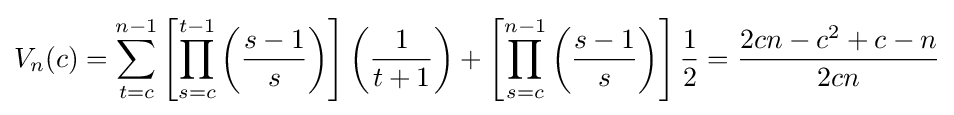
V_{n}(c)=\sum _{t=c}^{n-1}\left[\prod _{s=c}^{t-1}\left({\frac {s-1}{s}}\right)\right]\left({\frac {1}{t+1}}\right)+\left[\prod _{s=c}^{n-1}\left({\frac {s-1}{s}}\right)\right]{\frac {1}{2}}={\frac {2cn-{c}^{2}+c-n}{2cn}}